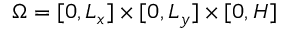
\Omega = [ 0 , L _ { x } ] \times [ 0 , L _ { y } ] \times [ 0 , H ]